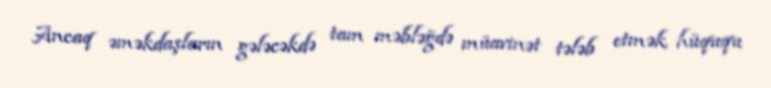
Ancaq əməkdaşların gələcəkdə tam məbləğdə müavinət tələb etmək hüququ